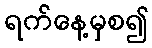
ရက်နေ့မှစ၍